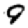
Digit: 9